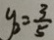
y _ { 2 } = \frac { 3 } { 5 }